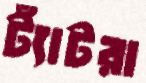
ট্যাঁটরা